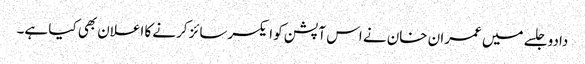
دادو جلسے میں عمران خان نے اس آپشن کو ایکسرسائز کرنے کا اعلان بھی کیا ہے۔